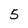
Character: 5